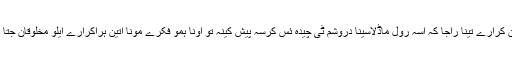
اگہ نن کرارے تینا راجا کہ اسہ رول ماڈلاسینا دروشم ٹی چیدہ ئس کرسہ پیش کینہ تو اونا ہمو فکرے مونا اتین ہراکرارے ایلو مخلوقان جتا کیک۔